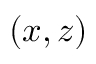
( x , z )